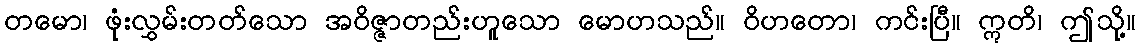
တမော၊ ဖုံးလွှမ်းတတ်သော အဝိဇ္ဇာတည်းဟူသော မောဟသည်။ ဝိဟတော၊ ကင်းပြီ။ ဣတိ၊ ဤသို့။